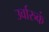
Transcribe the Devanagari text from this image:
उर्वारुकं